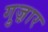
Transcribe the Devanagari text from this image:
गुज़़ार